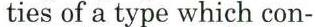
ties of a type which con-